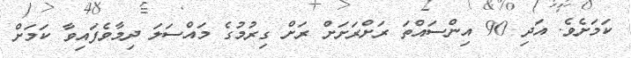
ކަމަށެވެ. އަދި 90 އިންސައްތަ ރަށްރަށަށް ރަށް ގިރުމުގެ މައްސަލަ ދިމާވެފައިވާ ކަމަށް